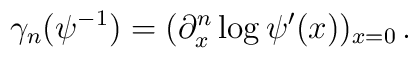
\gamma_n (\psi^{-1})= (\partial_x^n \log \psi' (x))_{x=0} \, .